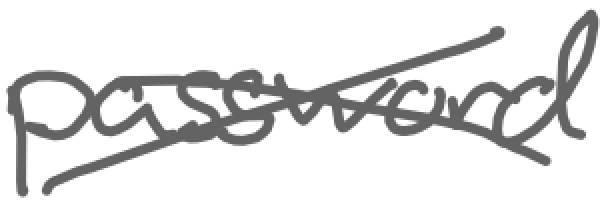
Text: password
Cross-out: cross
Writing tool: digital_gray